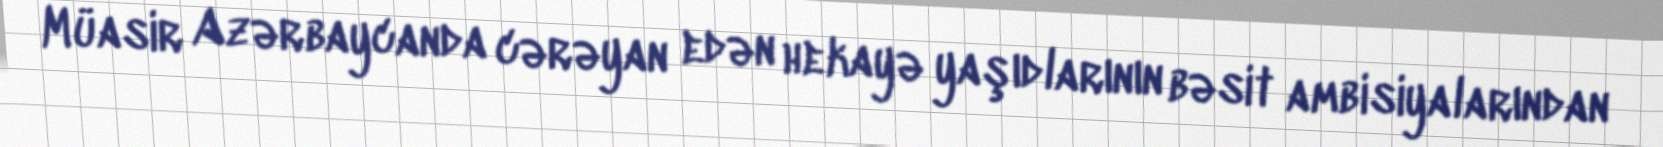
Müasir Azərbaycanda cərəyan edən hekayə yaşıdlarının bəsit ambisiyalarından